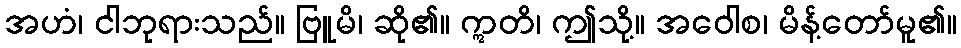
အဟံ၊ ငါဘုရားသည်။ ဗြူမိ၊ ဆို၏။ ဣတိ၊ ဤသို့။ အဝေါစ၊ မိန့်တော်မူ၏။